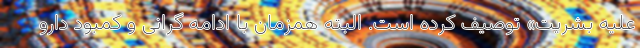
علیه بشریت» توصیف کرده است. البته همزمان با ادامه گرانی و کمبود دارو